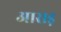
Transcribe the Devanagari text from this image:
आराड़